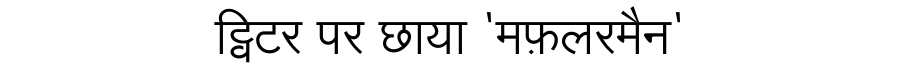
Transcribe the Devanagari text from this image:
ट्विटर पर छाया 'मफ़लरमैन'